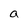
Character: a